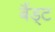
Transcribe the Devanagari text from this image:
बैंड्ट